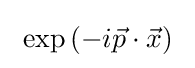
~\exp \left(-i{\vec {p}}\cdot {\vec {x}}\right)~